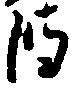
波